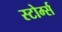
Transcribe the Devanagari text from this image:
स्टोर्म्स